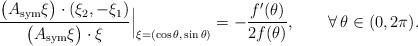
LaTeX: \begin{align*}\frac{\big(A_{\rm sym}\xi\big)\cdot(\xi_2,-\xi_1)}{\big(A_{\rm sym}\xi\big)\cdot\xi}\Big|_{\xi=(\cos\theta,\,\sin\theta)}=-\frac{f'(\theta)}{2f(\theta)},\qquad\forall\,\theta\in(0,2\pi).\end{align*}